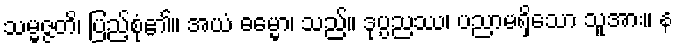
သမ္မဇ္ဇတိ၊ ပြည့်စုံ၏။ အယံ ဓမ္မော၊ သည်။ ဒုပ္ပညဿ၊ ပညာမရှိသော သူအား။ န